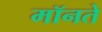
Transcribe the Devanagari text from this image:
मॉनते